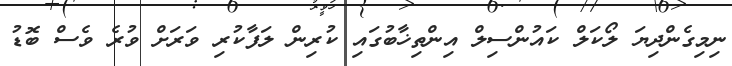
ނިމިގެންދިޔަ ލޯކަލް ކައުންސިލް އިންތިޚާބުގައި ކުރިން ލަފާކުރި ވަރަށް ވުރެ ވެސް ބޮޑު